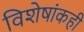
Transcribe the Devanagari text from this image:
विशेषांकही